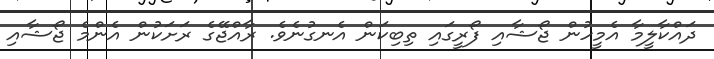
ދައްކާލީމާ އެމީހުން ޖޯޝާއި ފޯރީގައި ތިބިކަން އެނގުނެވެ. ރާއްޖޭގެ ރަށަކުން އެންމެ ޖޯޝާއި